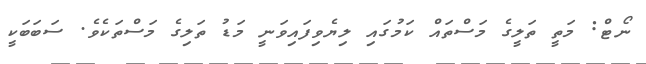
ނޯޓް: މަތީ ތަލީގެ މަސްތައް ކަމުގައި ލިޔެވިފައިވަނީ މަޑު ތަލިގެ މަސްތަކެވެ. ސަބަބަކީ